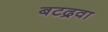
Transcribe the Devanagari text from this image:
बटद्रवा